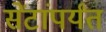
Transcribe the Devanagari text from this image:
सेंटांपर्यंत